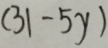
( 3 1 - 5 y )